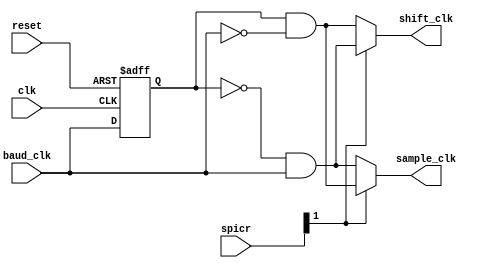
// Phase and Polarity control (template for future upgrade)
module PPC (
	reset,
	clk,
	baud_clk,
	spicr,
	sample_clk,
	shift_clk
);
input			reset;			// system reset
input			clk;				// system clk
input 		baud_clk;		// input clk from baud generator
input [2:0]	spicr;			// input with PPC settings
output		sample_clk;		// output sample clk for latch logic
output		shift_clk;		// output shift clk for shift register

// Reg's, wire's and etc
reg flip_flop;

// Assignments
//############
// Logic of switch polarity with value of CPOL bit of SPICR register 
assign sample_clk = (spicr[1] == 1'b0) ? (!flip_flop & baud_clk) : (flip_flop & !baud_clk); 
assign shift_clk	= (spicr[1] == 1'b0) ? (flip_flop & !baud_clk) : (!flip_flop & baud_clk);

// Pulse generator based on edge detection scheme for sample_clk & shift_clk
always @ (negedge reset or posedge clk)
begin
	if (!reset)
		flip_flop	<= 0;
	else
		flip_flop	<= baud_clk;
end
//
endmodule